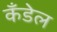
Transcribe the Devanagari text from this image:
कँडेल